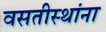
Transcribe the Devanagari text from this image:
वसतीस्थांना